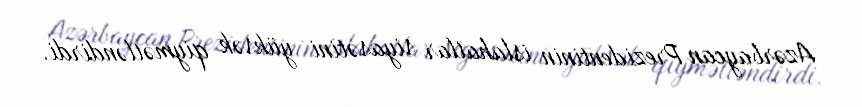
Azərbaycan Prezidentinin islahatlar siyasətini yüksək qiymətləndirdi.